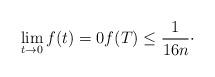
LaTeX: \begin{align*}\lim_{t \to 0} f(t)=0 f(T) \leq \frac{1}{16n} \cdot\end{align*}